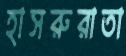
হাসরুরাতা